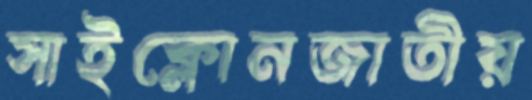
সাইক্লোনজাতীয়